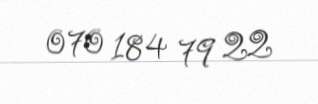
070 184 79 22